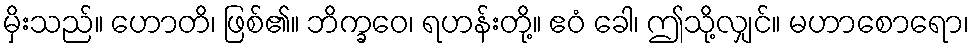
မှိးသည်။ ဟောတိ၊ ဖြစ်၏။ ဘိက္ခဝေ၊ ရဟန်းတို့။ ဧဝံ ခေါ၊ ဤသို့လျှင်။ မဟာစောရော၊